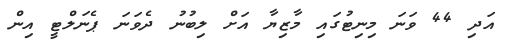
އަދި 44 ވަނަ މިނިޓުގައި މާޒިޔާ އަށް ލިބުނު ދެވަނަ ޕެނަލްޓީ އިން